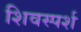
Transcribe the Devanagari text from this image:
शिवस्पर्श